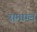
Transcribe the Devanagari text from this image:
समाग्ल